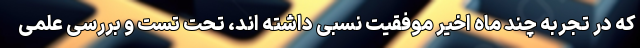
که در تجربه چند ماه اخیر موفقیت نسبی داشته اند، تحت تست و بررسی علمی